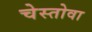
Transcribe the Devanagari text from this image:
चेस्तोवा